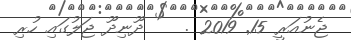
ޖެނުއަރީ 15